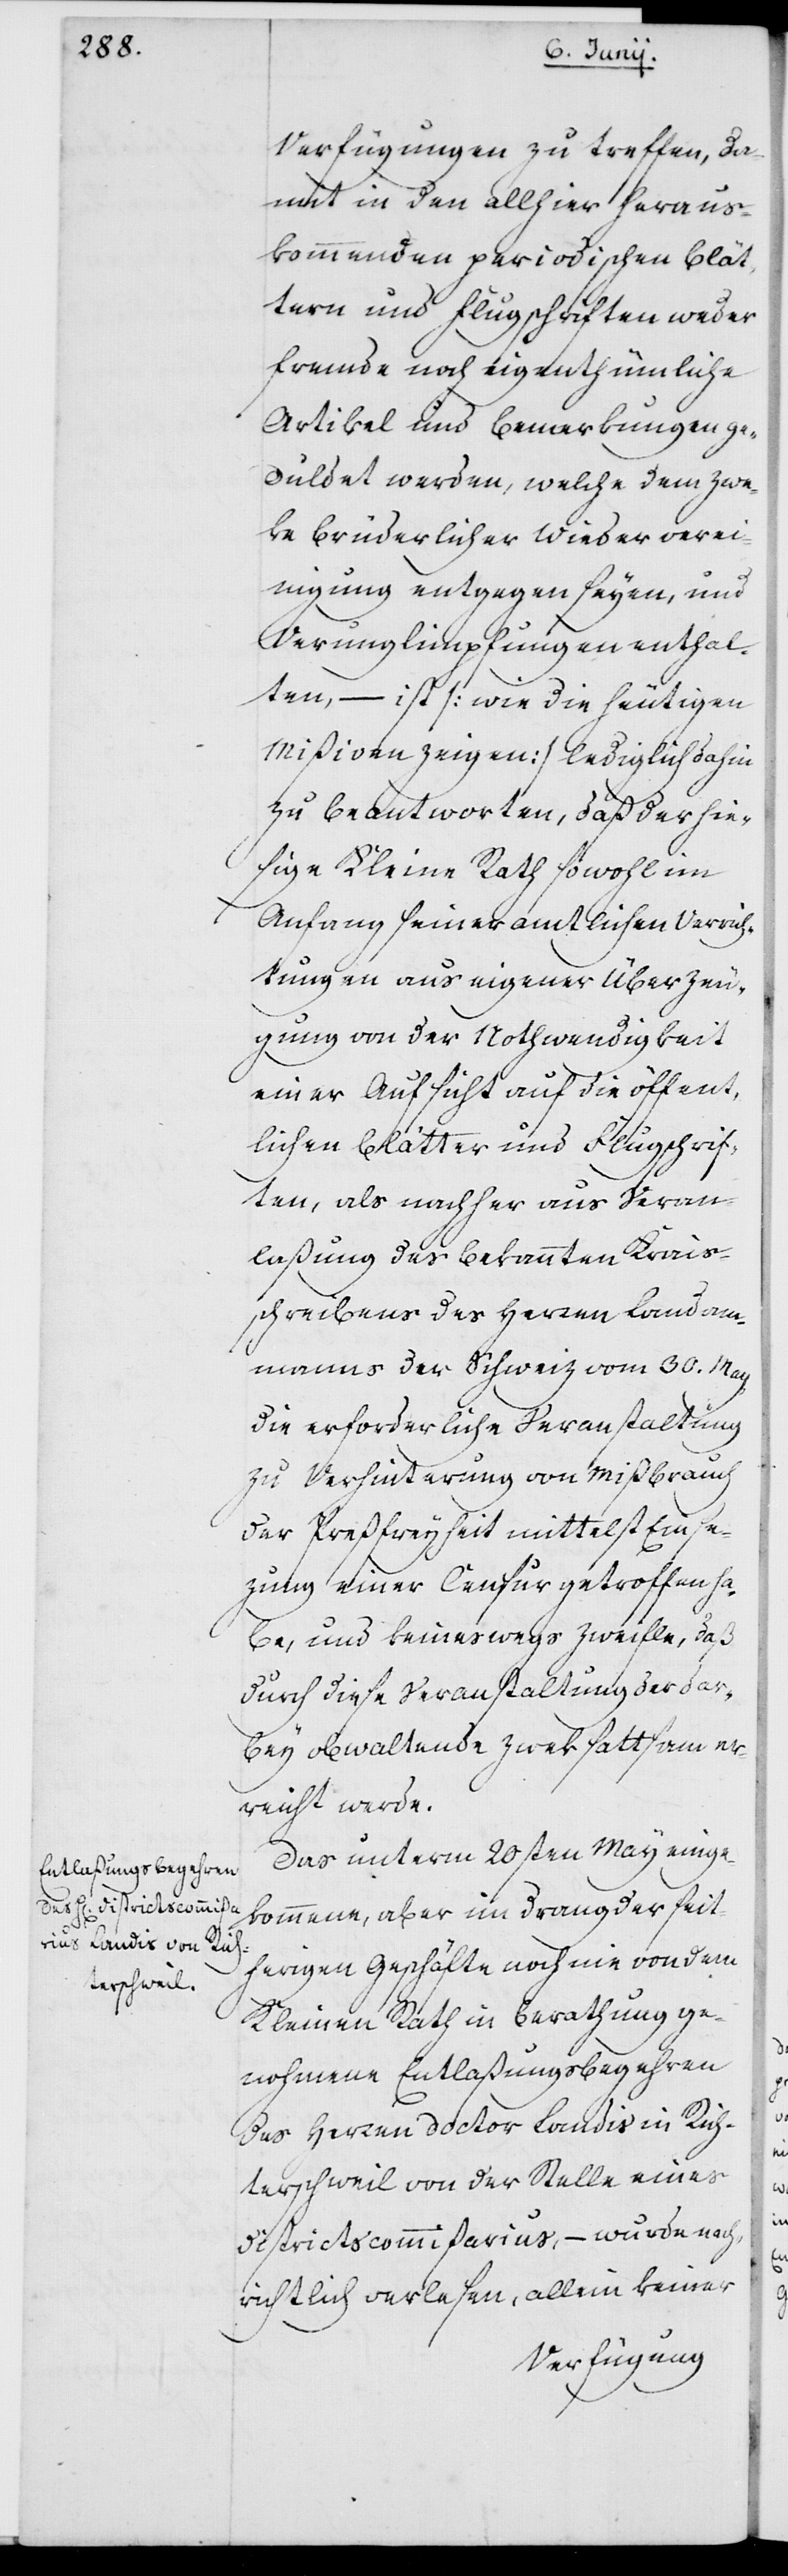
Verfügungen zu treffen, da¬
mit in den allhier heraus¬
kommenden periodischen Blät¬
tern und Flugschriften weder
fremde noch eigenthümliche
Artikel und Bemerkungen ge¬
duldet werden, welche dem Zwe¬
ke brüderlicher Wiederverei¬
nigung entgegen seyen, und
Verunglimpfungen enthal¬
ten, – ist (wie die heutigen
Mißiven zeigen), lediglich dahin
zu beantworten, daß der hie¬
sige Kleine Rath sowohl im
Anfang seiner amtlichen Verrich¬
tungen aus eigener Überzeu¬
gung von der Nothwendigkeit
einer Aufsicht auf die öffent¬
lichen Blätter und Flugschrif¬
ten, als nachher aus Veran¬
laßung des bekannten Kreis¬
schreibens des Herren Landam¬
manns der Schweiz vom 30. May
die erforderliche Veranstaltung
zu Verhinderung von Mißbrauch
der Preßfreyheit mittelst Einset¬
zung einer Censur getroffen ha¬
be, und keineswegs zweifle, daß
durch diese Veranstaltung der dar¬
bey obwaltende Zweck sattsam er¬
reicht werde.
Das unterm 20sten May einge¬
kommene, aber im Drang der seit¬
herigen Geschäfte noch nie von dem
Kleinen Rath in Berathung ge¬
nohmene Entlaßungsbegehren
des Herren Doctor Landis in Rich¬
terschweil von der Stelle eines
Districtscommißarius, – wurde nach¬
richtlich verlesen, allein keiner